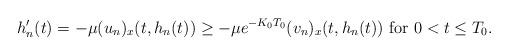
LaTeX: \begin{align*}h_n'(t)=-\mu (u_n)_x(t, h_n(t))\geq -\mu e^{-K_0T_0}(v_n)_x(t, h_n(t)) \mbox{ for } 0<t\leq T_0.\end{align*}